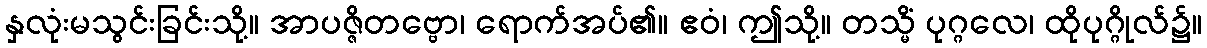
နှလုံးမသွင်းခြင်းသို့။ အာပဇ္ဇိတဗ္ဗော၊ ရောက်အပ်၏။ ဧဝံ၊ ဤသို့။ တသ္မိံ ပုဂ္ဂလေ၊ ထိုပုဂ္ဂိုလ်၌။